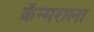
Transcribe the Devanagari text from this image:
क्रॅन्मराला